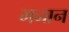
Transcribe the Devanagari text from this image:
मनान